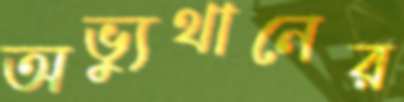
অভ্যুথানের